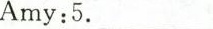
Amy:5.___